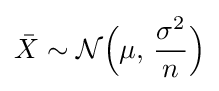
{\bar {X}}\sim {\mathcal {N}}{\Big (}\mu ,\,{\frac {\sigma ^{2}}{n}}{\Big )}